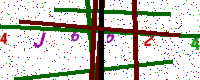
Text: 4J6624